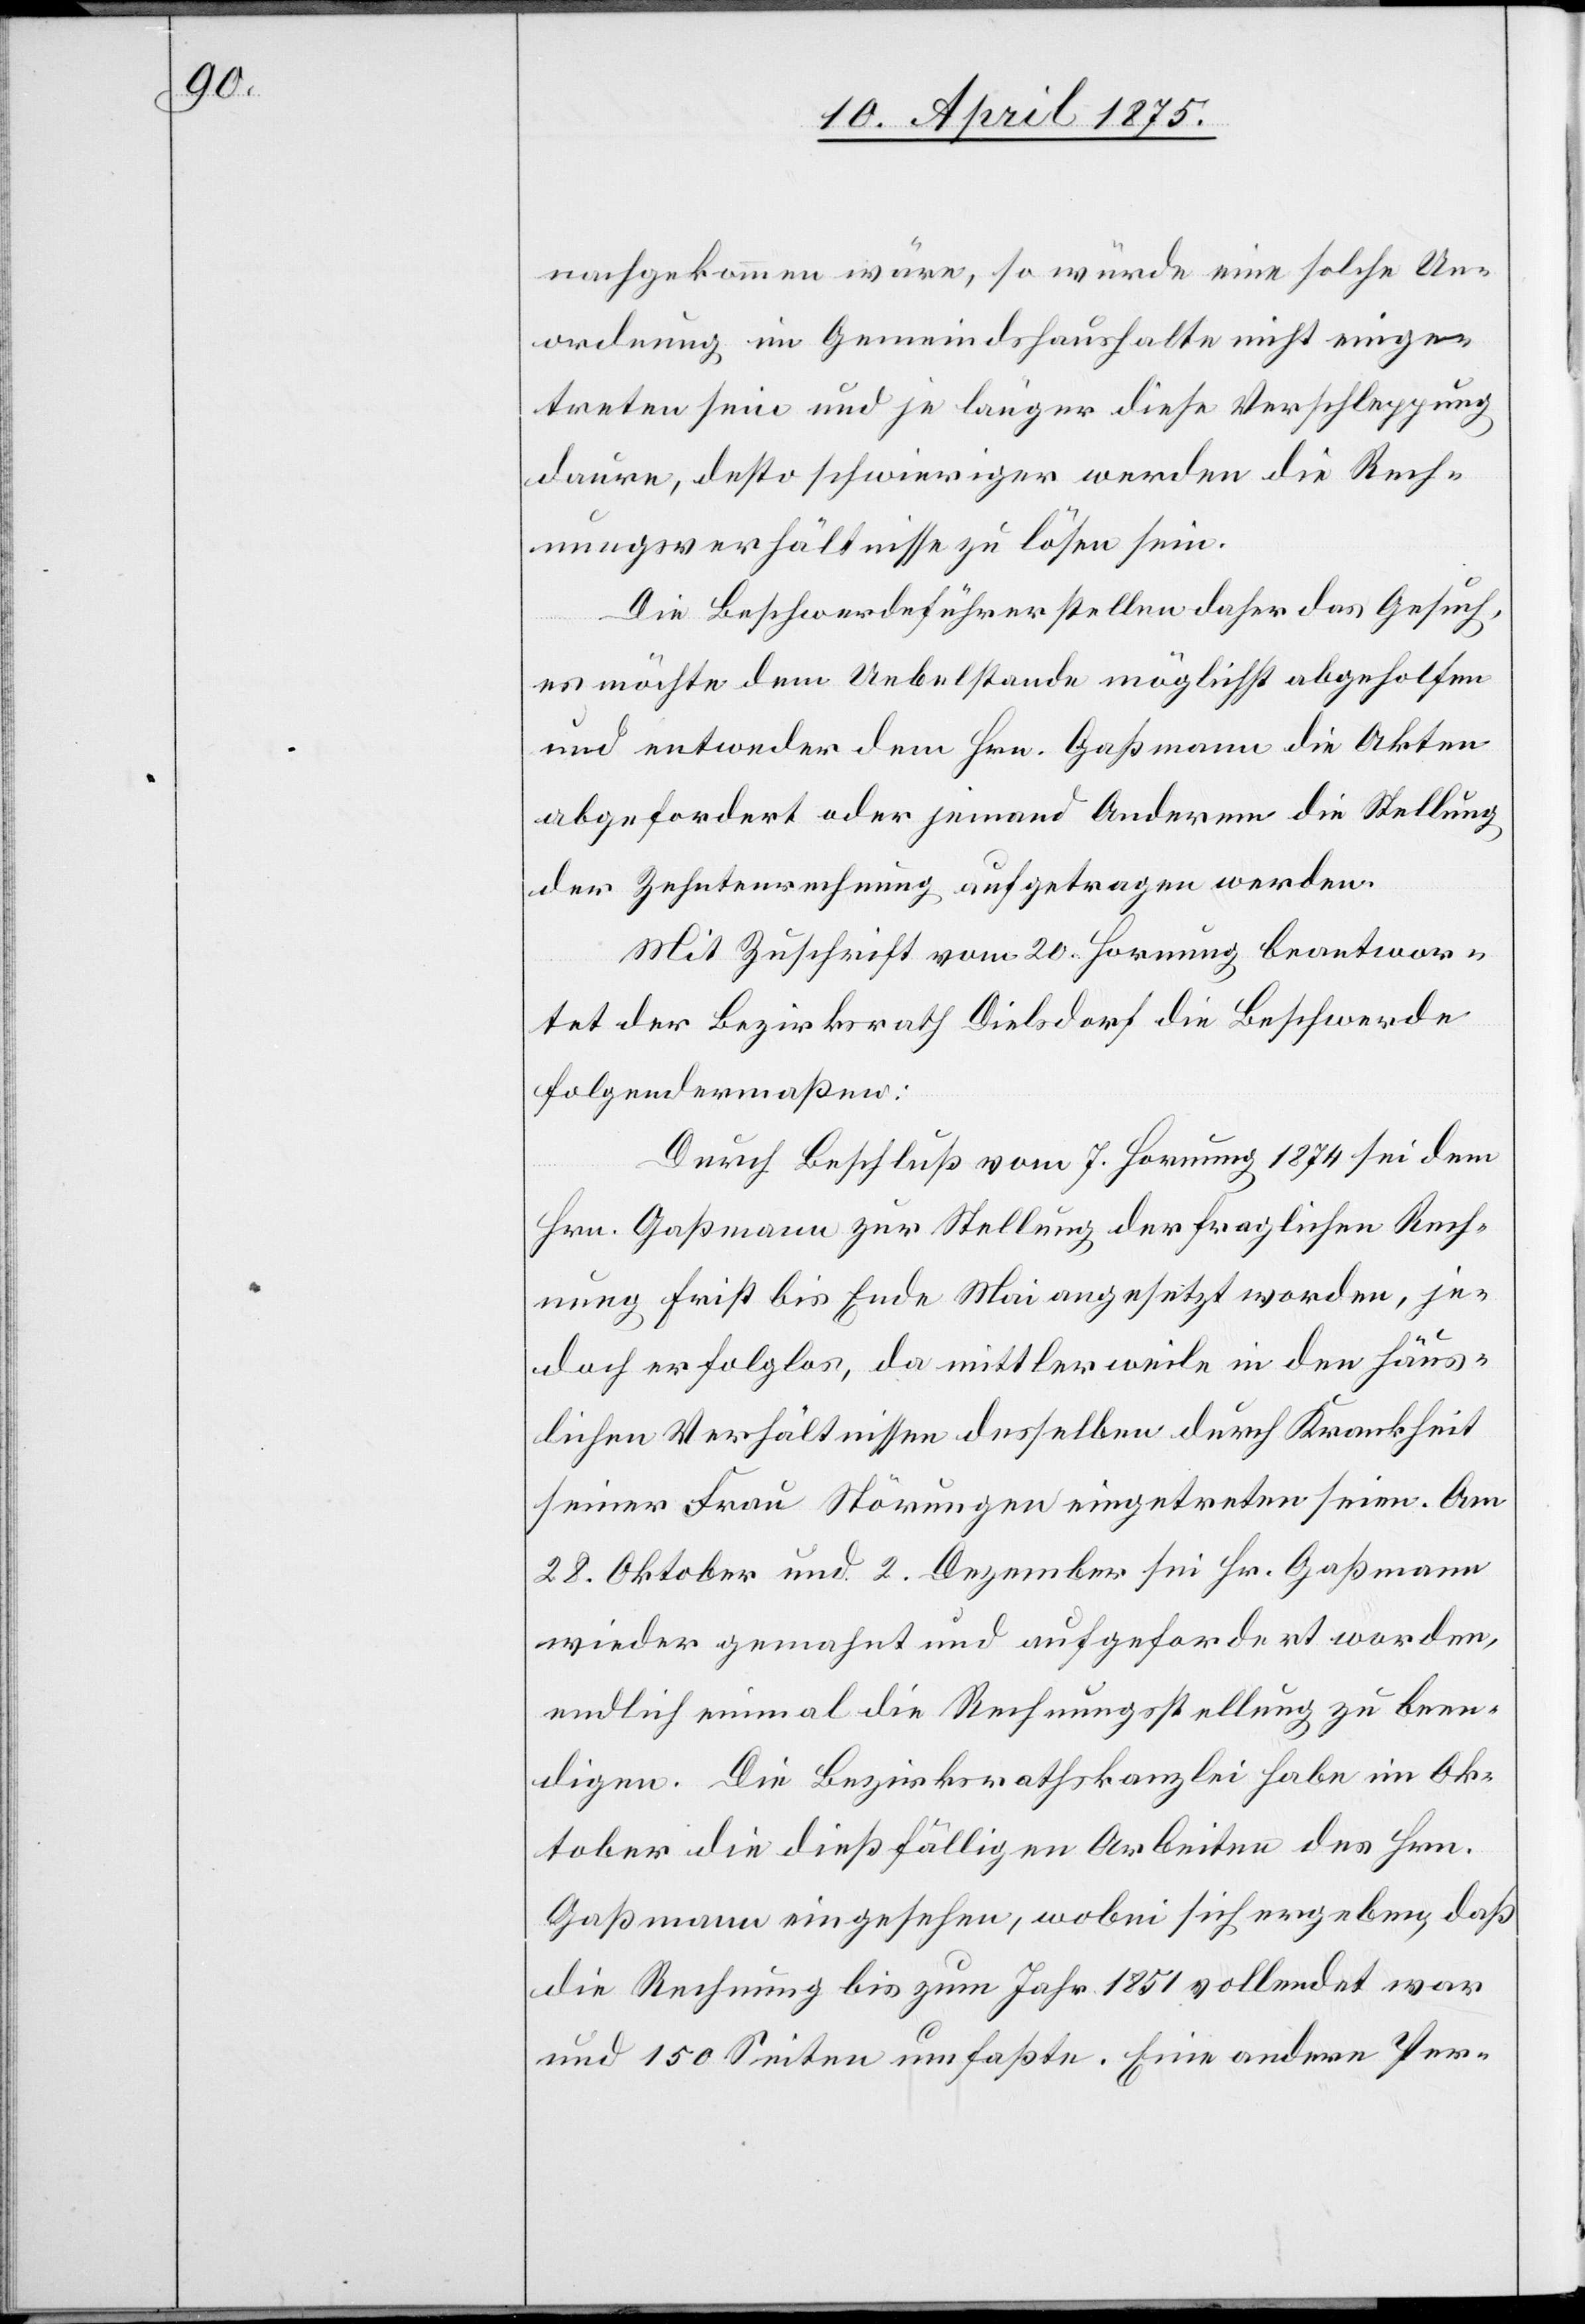
nachgekommen wäre, so würde eine solche Un¬
ordnung im Gemeindshaushalte nicht einge¬
treten sein und je länger diese Verschleppung
daure, desto schwieriger werden die Rech¬
nungsverhältnisse zu lösen sein.
Die Beschwerdeführer stellen daher das Gesuch,
es möchte dem Uebelstande möglichst abgeholfen
und entweder dem Hrn. Gaßmann die Akten
abgefordert oder jemand Anderem die Stellung
der Zehntenrechnung aufgetragen werden.
Mit Zuschrift vom 20. Hornung beantwor¬
tet der Bezirksrath Dielsdorf die Beschwerde
folgendermaßen:
Durch Beschluß vom 7. Hornung 1874 sei dem
Hrn. Gaßmann zur Stellung der fraglichen Rech¬
nung Frist bis Ende Mai ausgesetzt worden, je¬
doch erfolglos, da mittlerweile in den häus¬
lichen Verhältnissen desselben durch Krankheit
seiner Frau Störungen eingetreten seien. Am
28. Oktober und 2. Dezember sei Hr. Gaßmann
wieder gemahnt und aufgefordert worden,
endlich einmal die Rechnungsstellung zu been¬
digen. Die Bezirksrathskanzlei habe im Ok¬
tober die dießfälligen Arbeiten des Hrn.
Gaßmann eingesehen, wobei sich ergeben, daß
die Rechnung bis zum Jahr 1851 vollendet war
und 150 Seiten umfaßte. Eine andere Per-